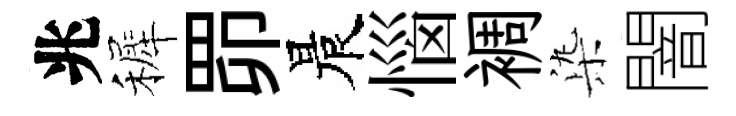
兆裤𦊑晨惱裯𣑱闇